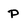
Character: P